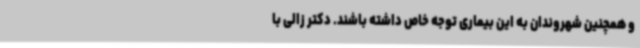
و همچنین شهروندان به این بیماری توجه خاص داشته باشند. دکتر زالی با